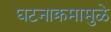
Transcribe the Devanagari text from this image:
घटनाक्रमामुळे